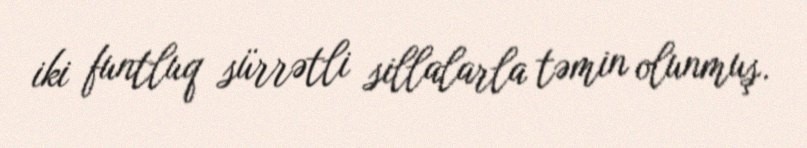
iki funtluq sürrətli sillalarla təmin olunmuş.